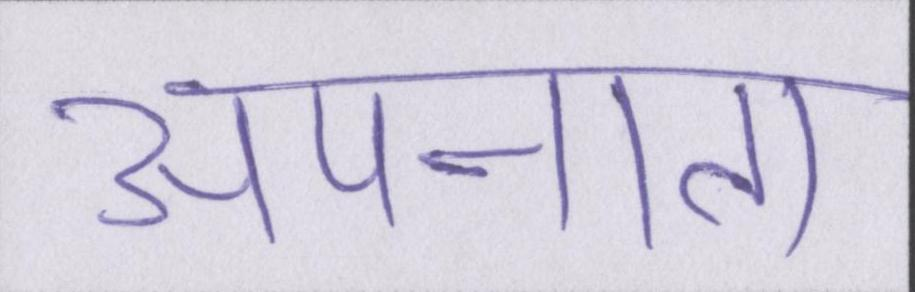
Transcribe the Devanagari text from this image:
अपनाता